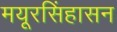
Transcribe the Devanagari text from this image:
मयूरसिंहासन